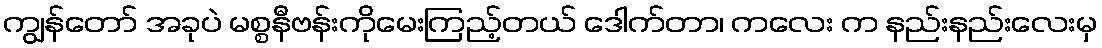
ကျွန်တော် အခုပဲ မစ္စနီဗန်းကိုမေးကြည့်တယ် ဒေါက်တာ၊ ကလေး က နည်းနည်းလေးမှ